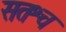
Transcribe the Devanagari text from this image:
सतश्च